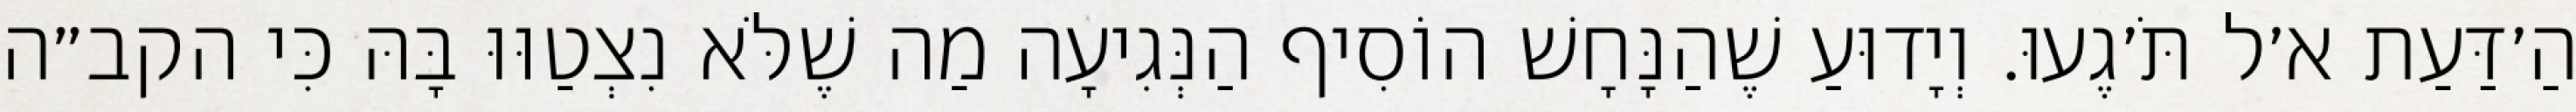
הַ׳דַּעַת א׳ל תֹּ׳גֶעוּ. וְיָדוּעַ שֶׁהַנָּחָשׁ הוֹסִיף הַנְּגִיעָה מַה שֶׁלֹּא נִצְטַוּוּ בָּהּ כִּי הקב״ה